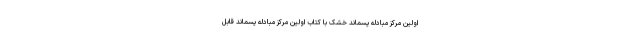
اولین مرکز مبادله پسماند خشک با کتاب اولین مرکز مبادله پسماند قابل